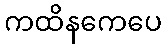
ကထိနကေပေ